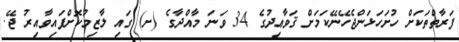
ފަރާތްތަކަށް ހުށަހަޅަންޖެހޭނޭކަމަށް ޤަވާޢިދުގެ 34 ވަނަ މާއްދާގެ (ށ) ގައި ލާޒިމުކޮށްފައިވާއިރު ޖޭ.